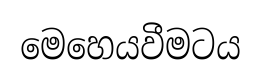
මෙහෙයවීමටය